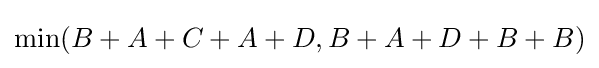
\min(B+A+C+A+D,B+A+D+B+B)